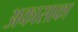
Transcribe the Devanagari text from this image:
अकासाका